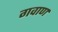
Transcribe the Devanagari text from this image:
गवाण